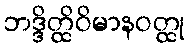
ဘဒ္ဒိတ္ထိဝိမာနဝတ္ထု